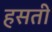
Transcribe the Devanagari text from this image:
हसती